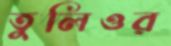
তুলিওর